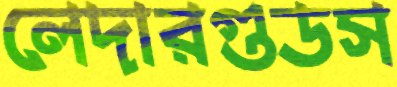
লেদারগুডস